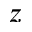
z